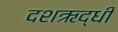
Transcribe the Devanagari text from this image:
दशऋद्धी